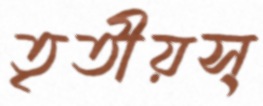
তৃতীয়স্